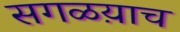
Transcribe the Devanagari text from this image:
सगळय़ाच